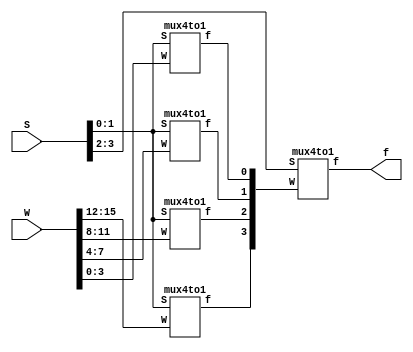
module mux16to1e2(W, S, f);
input [0:15]W;
input [3:0]S;
output f;
wire [0:3]X;

mux4to1 m1(W[0:3], S[1:0], X[0]);
mux4to1 m2(W[4:7], S[1:0], X[1]);
mux4to1 m3(W[8:11], S[1:0], X[2]);
mux4to1 m4(W[12:15], S[1:0], X[3]);
mux4to1 m5(X[0:3], S[3:2], f);

endmodule

module mux4to1(W, S, f);
input [0:3]W;
input [1:0]S;
output f;
reg f;

always@(W or S)
        f = S[1] ? (S[0] ? W[3] : W[2]) : (S[0] ? W[1] : W[0]);
        
endmodule